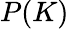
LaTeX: P(K)